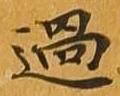
過